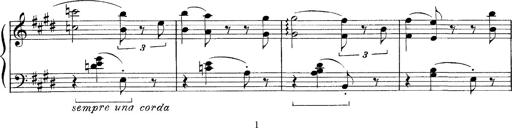
Title: FÃ¼nf KlavierstÃ¼cke
Composer: Franz Liszt